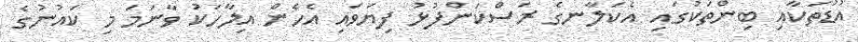
އުޑުތަކާއި ބިންތަކުގައި އެކަލާނގެ ރަސްކަންފުޅު ފިޔަވައި އެހެން އިލާހަކު ވާނަމަ މި ކައުނުގެ